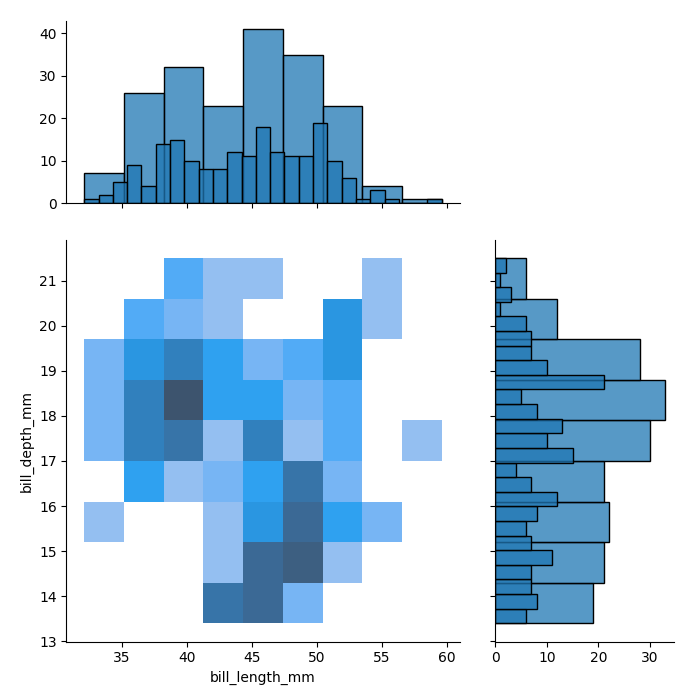
python, seaborn, jointplot, kind='hist', height='7', ratio='2', marginal_ticks='True'